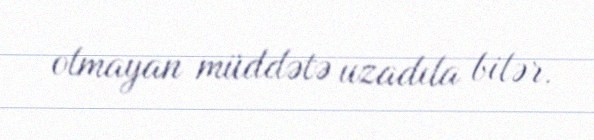
olmayan müddətə uzadıla bilər.